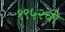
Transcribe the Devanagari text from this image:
१९५२ची